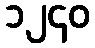
၁၂၄၀